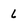
Character: 6